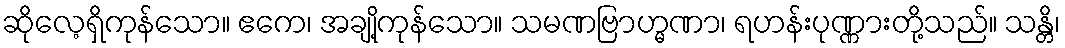
ဆိုလေ့ရှိကုန်သော။ ဧကေ၊ အချို့ကုန်သော။ သမဏဗြာဟ္မဏာ၊ ရဟန်းပုဏ္ဏားတို့သည်။ သန္တိ၊